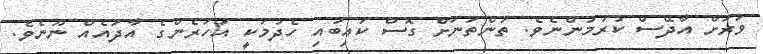
ވަރަށް އާދޭސް ކުރުމުންނެވެ. ތަންތަނަށް ގޮސް ކައިބުއި ހެދުމަކީ އަހަރެންގެ އާދައެއް ނޫނެވެ.